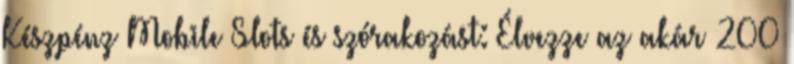
Készpénz Mobile Slots és szórakozást: Élvezze az akár 200